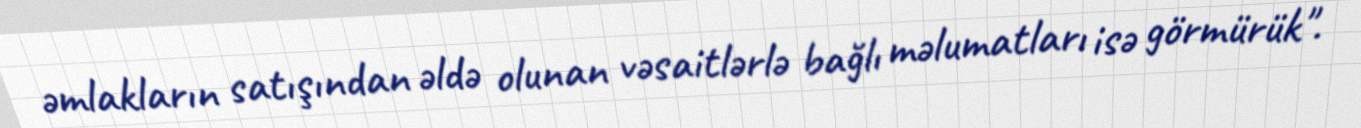
əmlakların satışından əldə olunan vəsaitlərlə bağlı məlumatları isə görmürük".